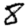
Digit: 8